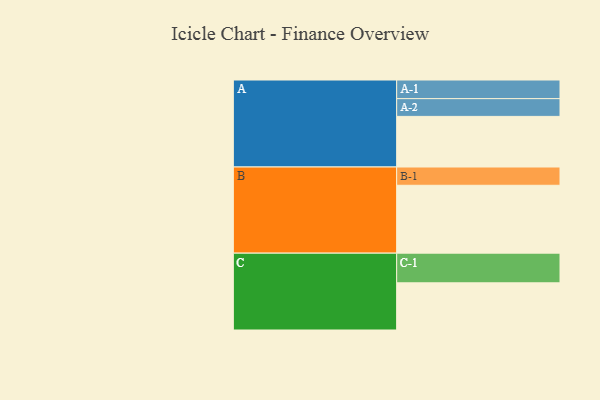
{"axis": {"x": "Segment", "y": "Value"}, "legend": ["", "A", "B", "C"], "data": [{"x": "A", "y": 413, "type": ""}, {"x": "B", "y": 554, "type": ""}, {"x": "C", "y": 385, "type": ""}, {"x": "A-1", "y": 152, "type": "A"}, {"x": "A-2", "y": 145, "type": "A"}, {"x": "B-1", "y": 149, "type": "B"}, {"x": "C-1", "y": 242, "type": "C"}]}